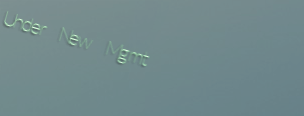
Under New Mgmt